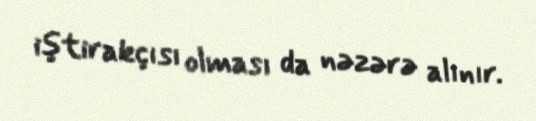
iştirakçısı olması da nəzərə alınır.